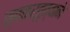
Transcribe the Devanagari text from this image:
स्वकर्तृत्वाने